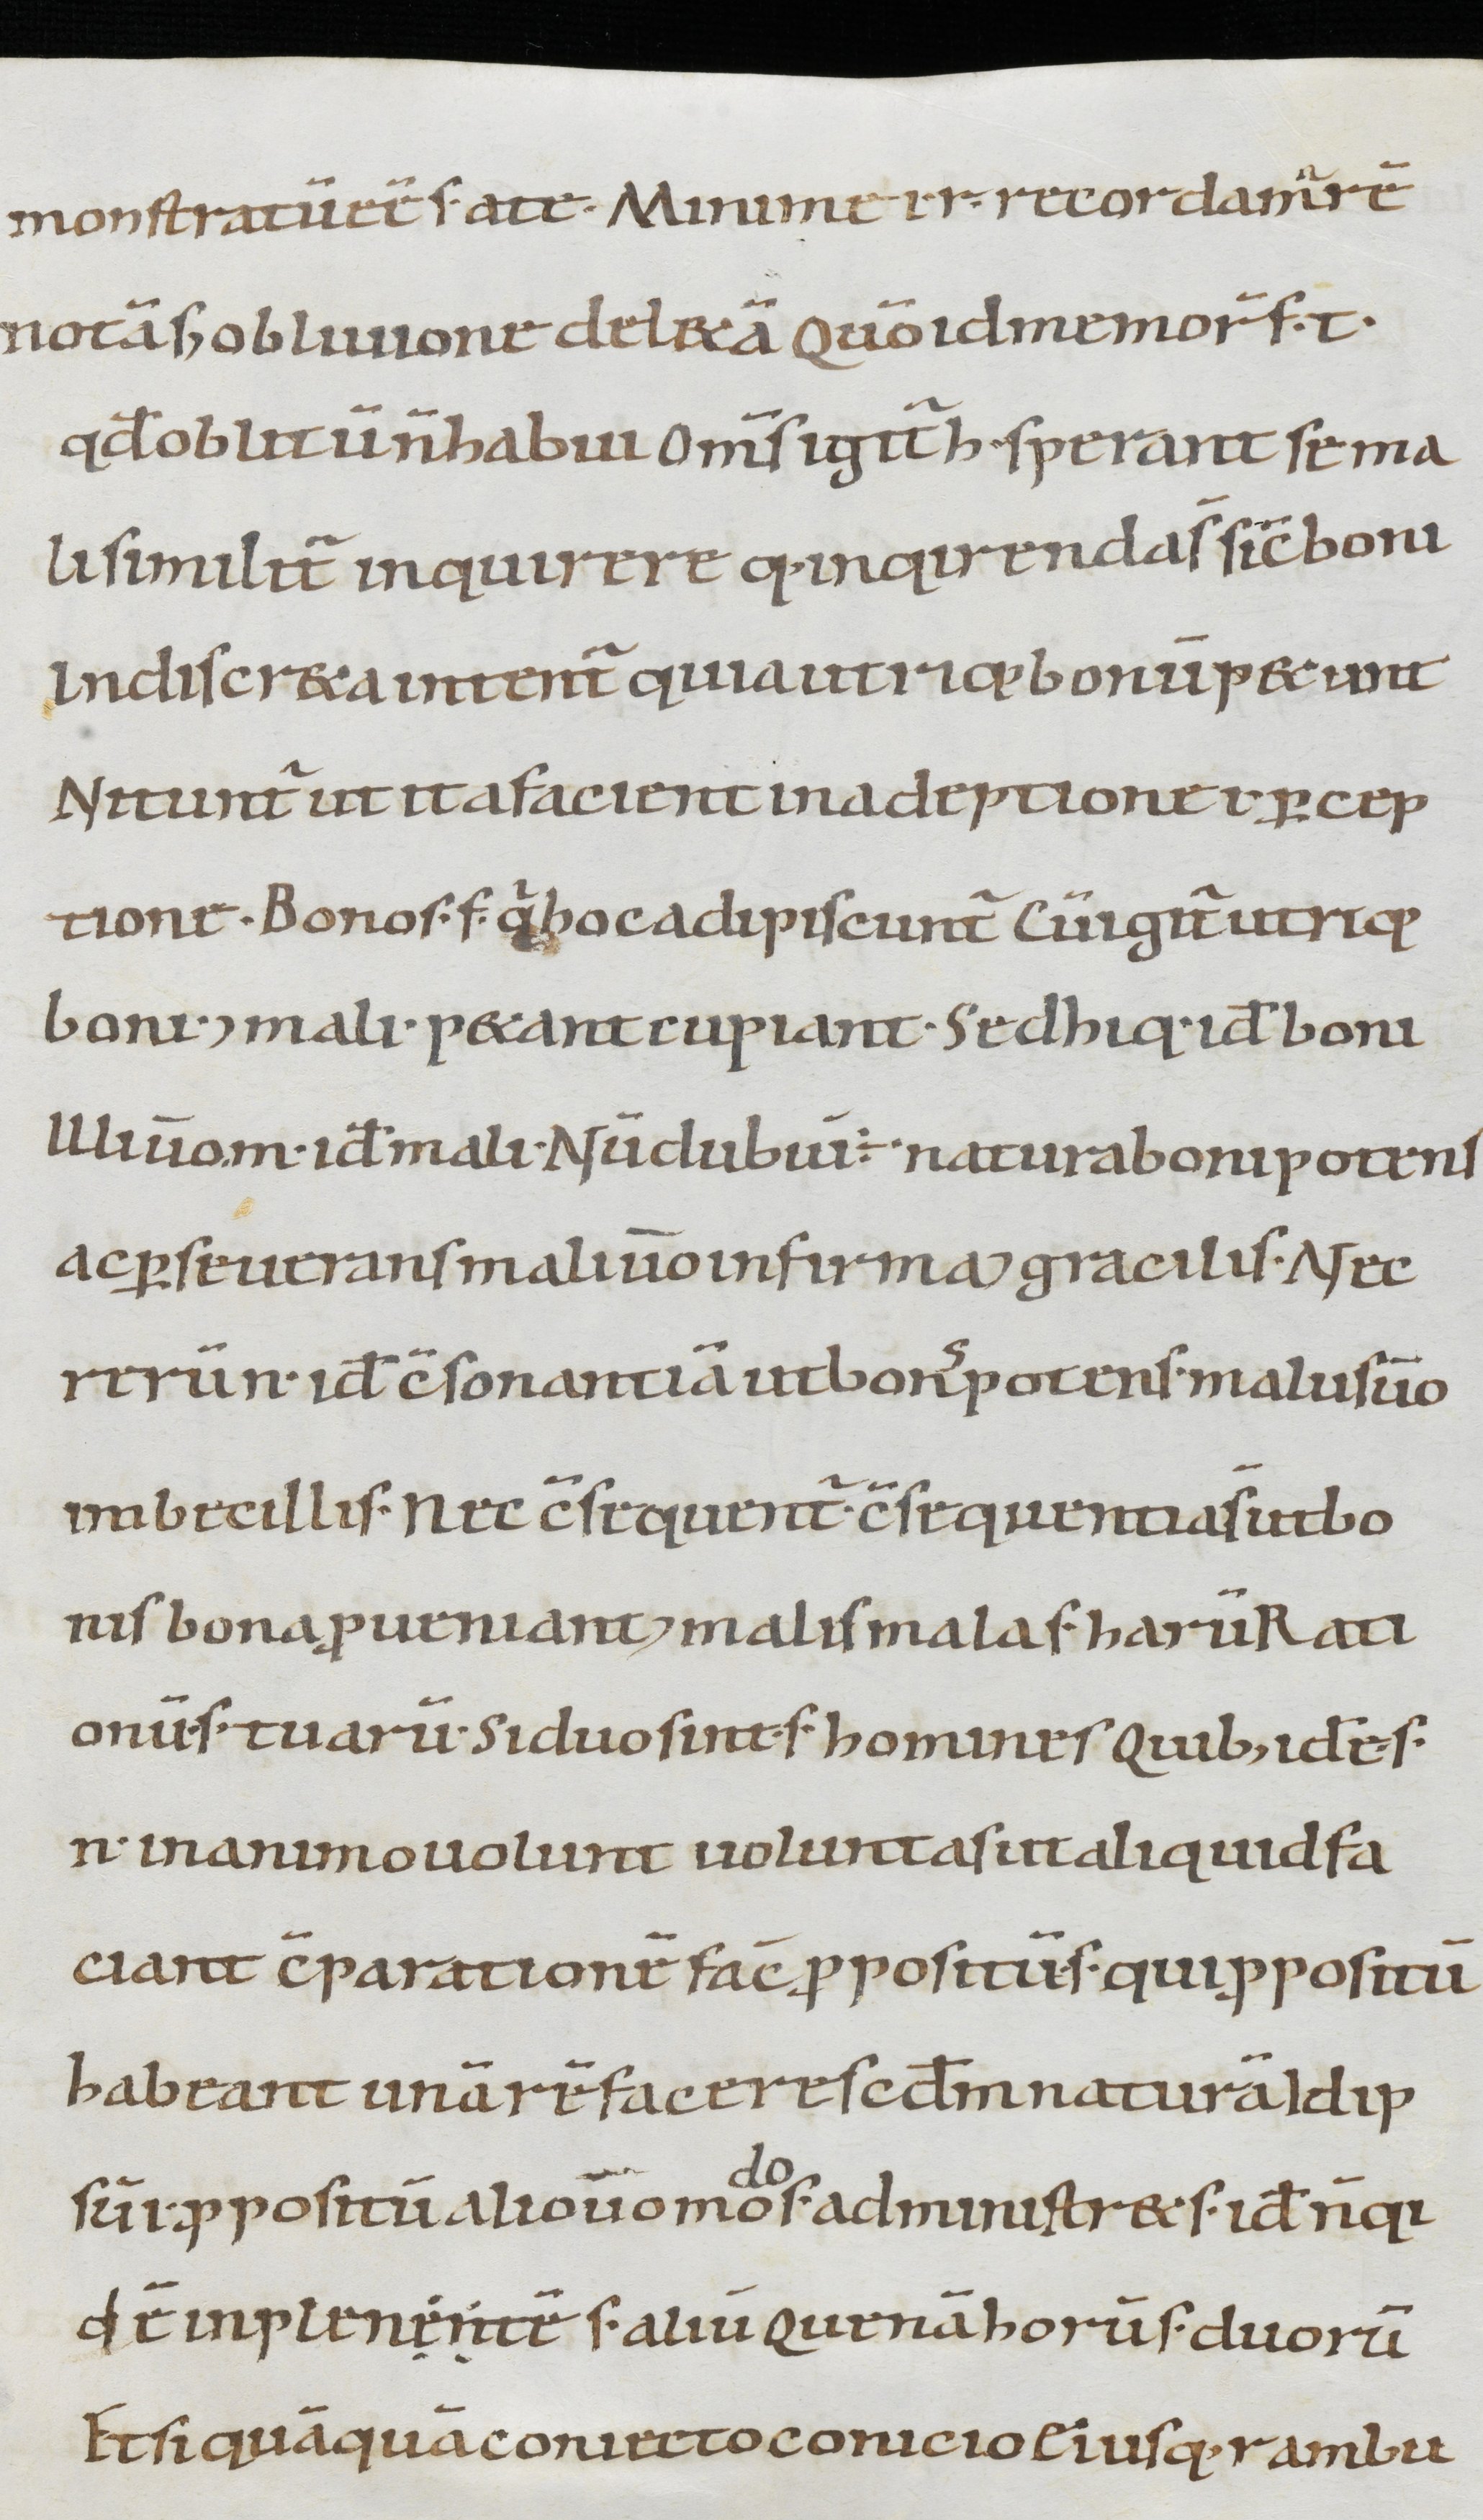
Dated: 900–999